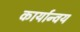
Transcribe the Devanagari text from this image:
कार्यान्वय